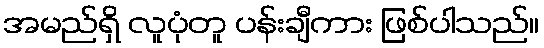
အမည်ရှိ လူပုံတူ ပန်းချီကား ဖြစ်ပါသည်။